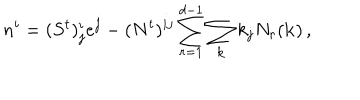
LaTeX: n ^ { i } = ( S ^ { t } ) _ { j } ^ { i } e ^ { j } - ( N ^ { t } ) ^ { i j } \sum _ { r = 1 } ^ { d - 1 } \sum _ { \bf k } k _ { j } N _ { r } ( { \bf k } ) \, ,